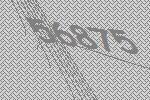
56875